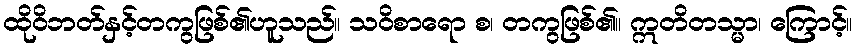
ထိုဝိဘတ်နှင့်တကွဖြစ်၏ဟူသည်။ သဝိစာရော စ၊ တကွဖြစ်၏။ ဣတိတသ္မာ၊ ကြောင့်။